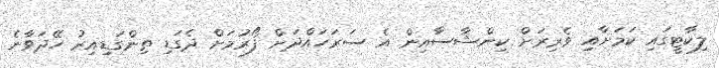
ލިކާޓީގައި ކަމަށާއި ވެރިރަށް ކިންޝާސާއިން އެ ސަރަހައްދަށް ފޯރުމަށް ދެގަޑި ތިންގަޑިއިރު ހޭދަވާނެ